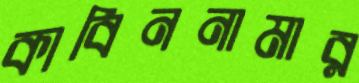
কাবিননামার